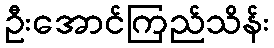
ဦးအောင်ကြည်သိန်း